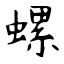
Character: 螺